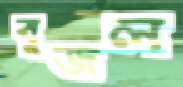
বুজল